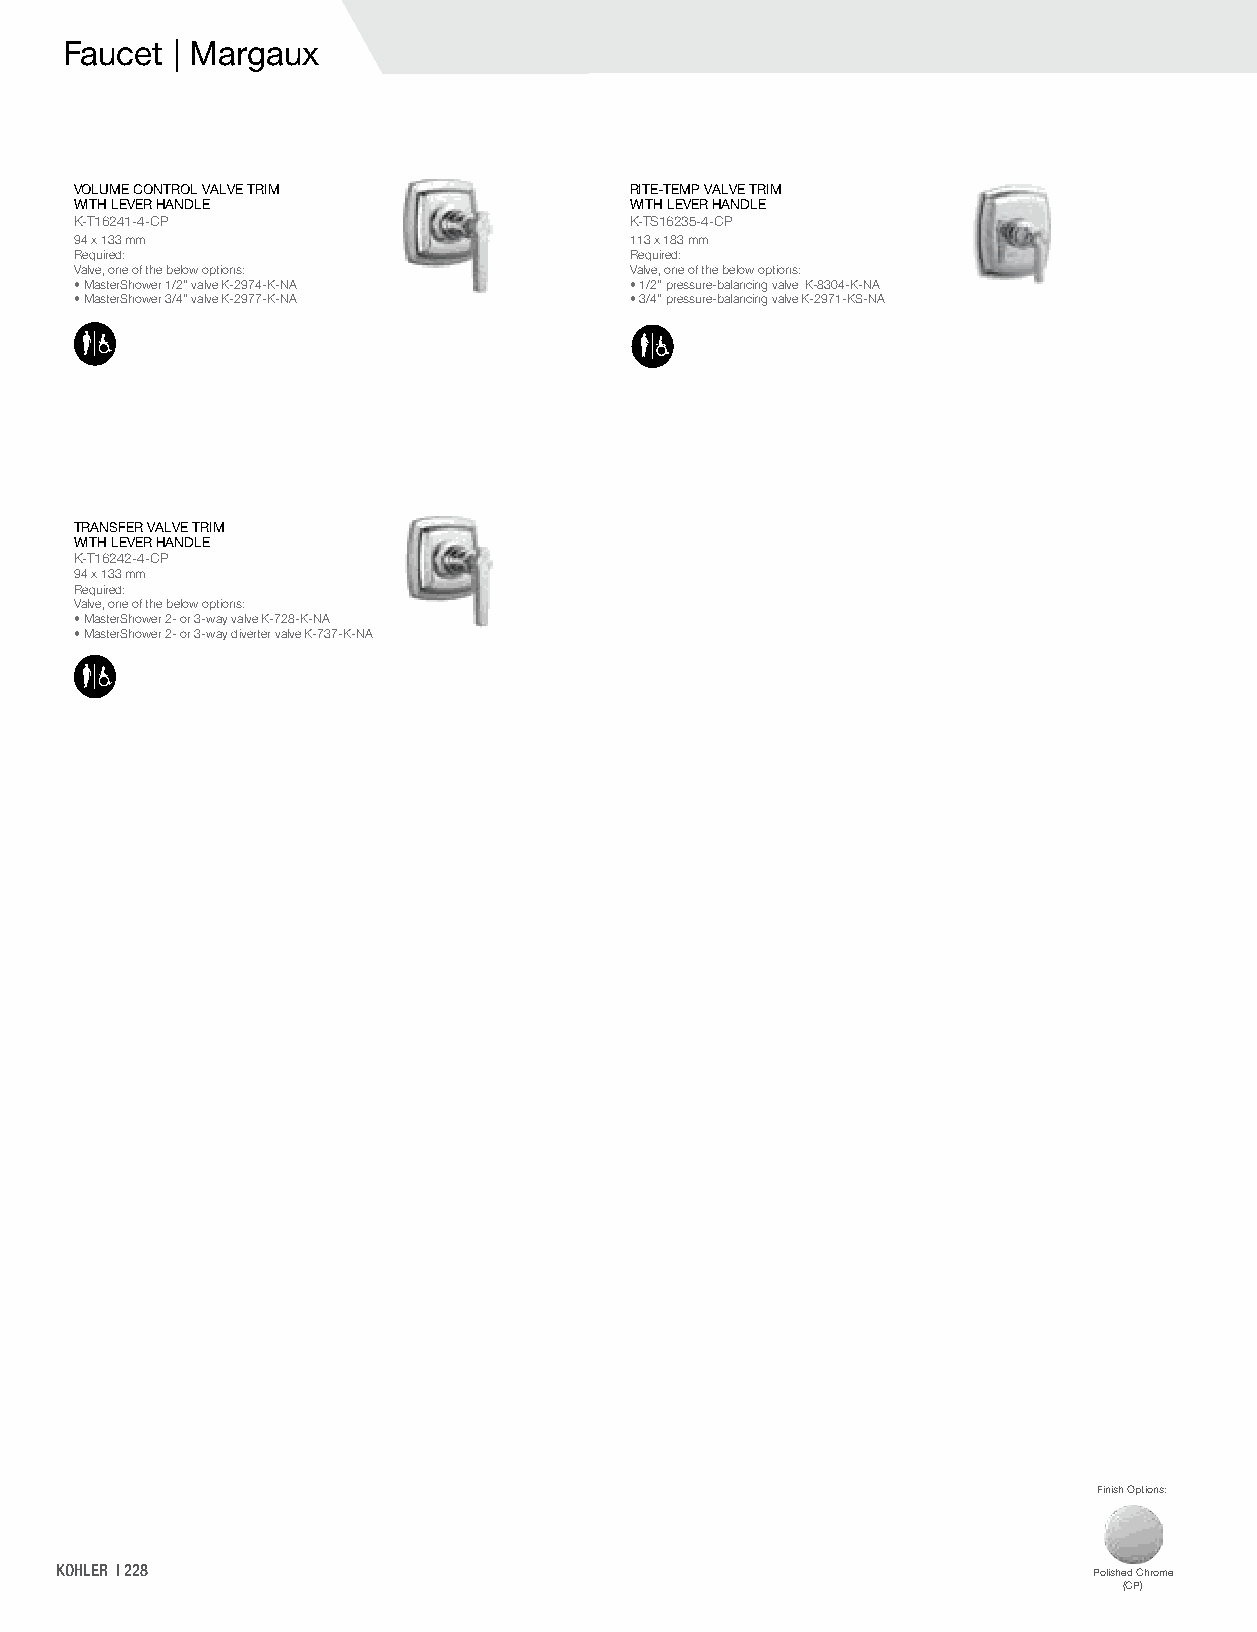
Faucet | Margaux
 VOLUME CONTROL VALVE TRIM            RITE-TEMP VALVE TRIM
 WITH LEVER HANDLE                    WITH LEVER HANDLE
 K-T16241-4-CP                        K-TS16235-4-CP
 94 x 133 mm                          113 x 183 mm
 Required:                            Required:
 Valve, one of the below options:     Valve, one of the below options:
 • MasterShower 1/2" valve K-2974-K-NA • 1/2" pressure-balancing valve K-8304-K-NA
 • MasterShower 3/4" valve K-2977-K-NA • 3/4" pressure-balancing valve K-2971-KS-NA
 TRANSFER VALVE TRIM
 WITH LEVER HANDLE
 K-T16242-4-CP
 94 x 133 mm
 Required:
 Valve, one of the below options:
 • MasterShower 2- or 3-way valve K-728-K-NA
 • MasterShower 2- or 3-way diverter valve K-737-K-NA
 Finish Options:
 KOHLER | 228                                                        Polished Chrome
 (CP)